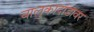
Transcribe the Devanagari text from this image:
बालुकादांडावर